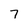
Character: 7